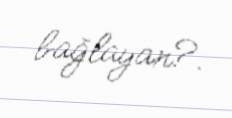
bağlayan?.